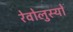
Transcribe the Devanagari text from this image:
रेवोलुस्योँ